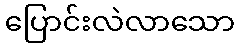
ပြောင်းလဲလာသော